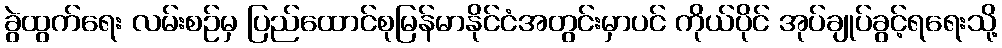
ခွဲထွက်ရေး လမ်းစဉ်မှ ပြည်ထောင်စုမြန်မာနိုင်ငံအတွင်းမှာပင် ကိုယ်ပိုင် အုပ်ချုပ်ခွင့်ရရေးသို့